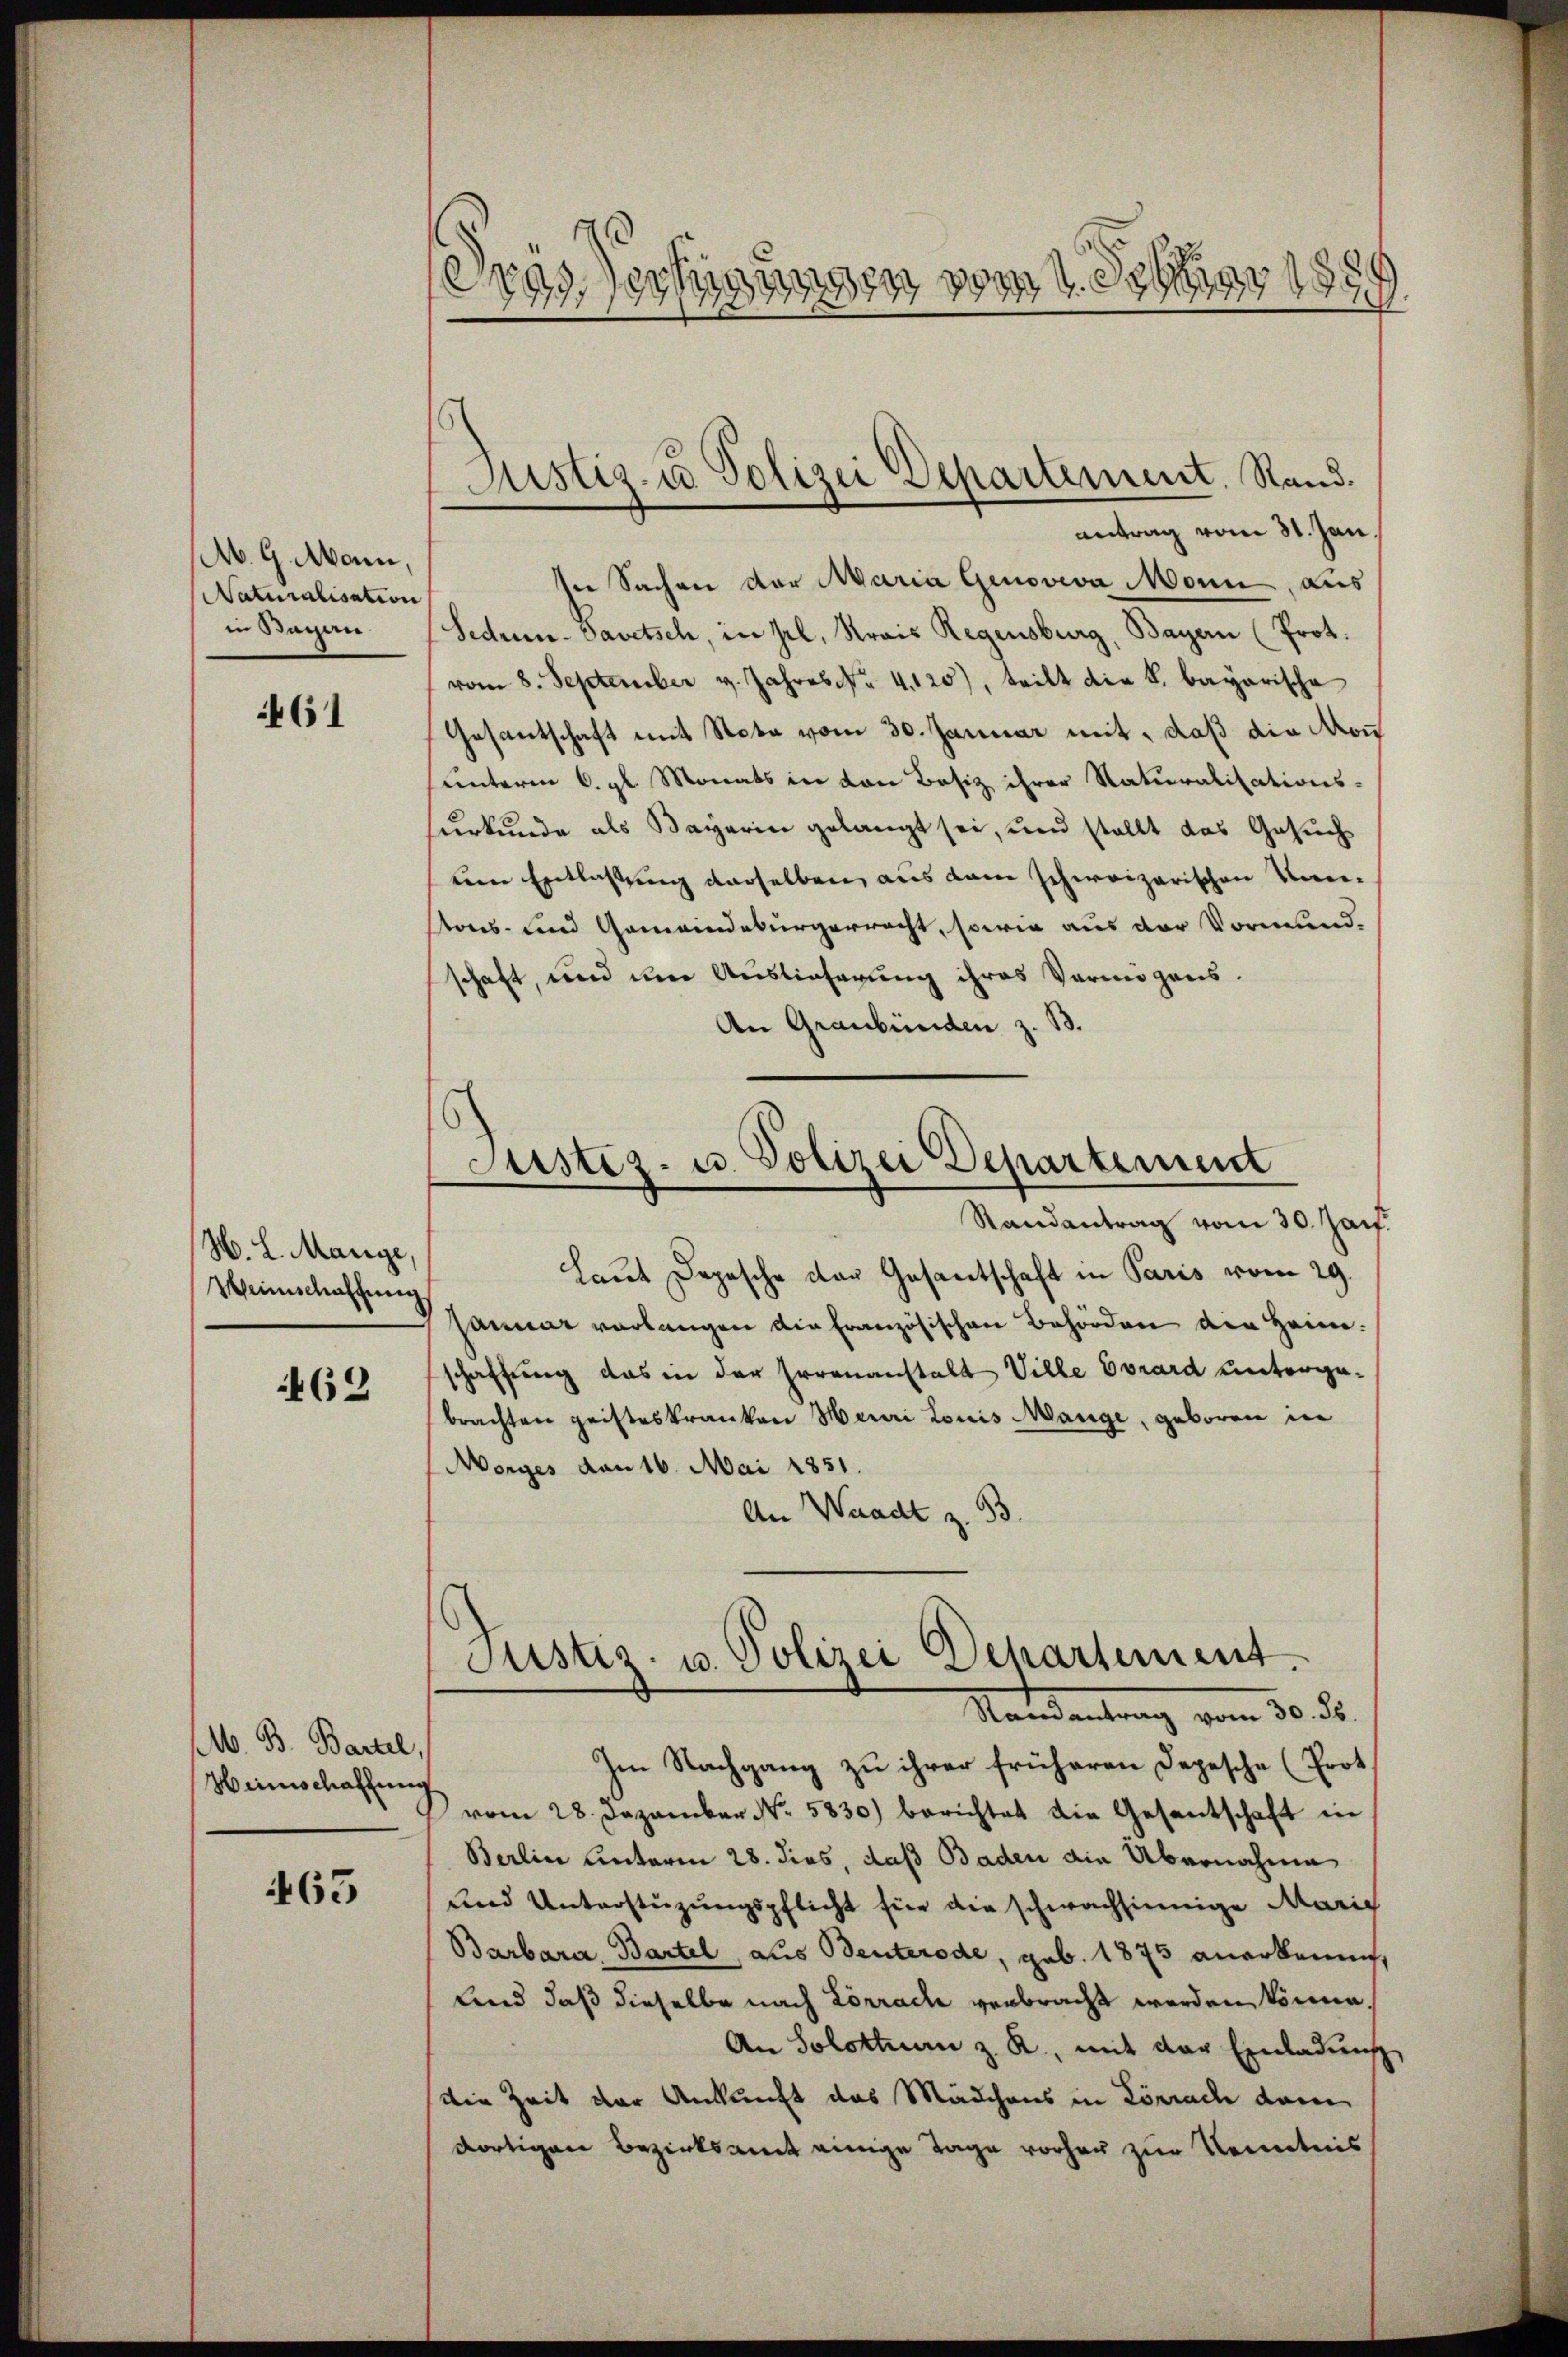
M. 9. Mann,
Naturalisation
in Sagen

461

H. L. Mange,
Weinschaffung

462

M. B. Bartel,
Hirnschaftung
G

463

igen
M .
Prag. 182181.
294359.

Justiz- u Polizei Departement. Stand.
antrag vom 31. Jan.

Justiz- u. Polizei Departement
Randantrag vom 30. Jan.

sne Sachen der Maria Genoveva Monn, aus
Sedrun-Savetsch, in sel. Krais Regensburg, Bayern (Prot.
vom 8. September v. Jahres N. 4120), teilt die k. bayarische
Gesantschaft mit Nota vom 30. Januar mit, daß die Mon
unterm 6. gl. Monats in von Besiz ihrer Naturalisations-
Herkunde als Bayerin gelangt sei, und stellt das Gesuch
ven Entlassung derselben, aus dem schweizerischen Kan-
tons- und Gemeindebürgerracht, sowie aus der Vormund-
schaft, und um Auslieferung ihres Vermögens-
An Graubünden z. B.
Laut Depesche der Gesantschaft in Paris vom 29.
samme verlangen die Französischen Behörden der Heim.
schaffung das in der Errenanstalt Ville Evrard unterga-
brachten geisteskranken Meuri Louis Mange, geboren in
Morges von 16. Mai 1851.
An Waadt z. 93.
Justiz- u. Polizei Departement.
Randantrag vom 30. Js.
Im Nachgang zu ihrer früheren Depesche (Prot
vom 28. Dezember No. 5830) berichtet die Gesantschaft in
Berlin unterm 28. dies, daß Baden die Übernahme
und Unterstüzungspflicht für die schwachsinnige Marie
Barbara, Bartel, aus Benterode, geb. 1875 anerkennen,
lend daß dieselbe nach Lörrach verbracht werden könne.
An Solothurn z. R., mit der Einladung
die Zeit der Ankunft das Mädchens in Lörrach dem
dortigen Bezirksamt einige Tage vorher zur Kenntnis